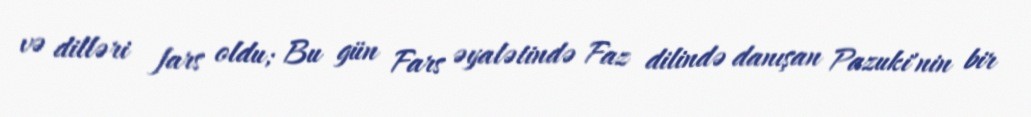
və dilləri fars oldu; Bu gün Fars əyalətində Faz dilində danışan Pazuki'nin bir